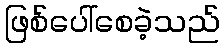
ဖြစ်ပေါ်စေခဲ့သည်